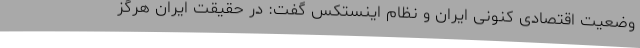
وضعیت اقتصادی کنونی ایران و نظام اینستکس گفت: در حقیقت ایران هرگز